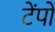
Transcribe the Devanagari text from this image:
टेंपों